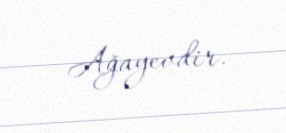
Ağayevdir.